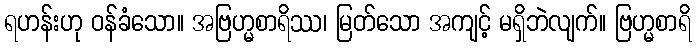
ရဟန်းဟု ဝန်ခံသော။ အဗြဟ္မစာရိဿ၊ မြတ်သော အကျင့် မရှိဘဲလျက်။ ဗြဟ္မစာရိ